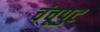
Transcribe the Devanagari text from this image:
चंचूपुट